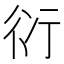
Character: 𧗠